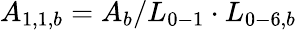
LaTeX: {A_{1,1,b}}={A_{b}}/{L_{0-1}}\cdot{L_{0-6,b}}